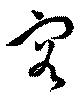
容